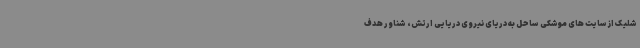
شلیک از سایت های موشکی ساحل به دریای نیروی دریایی ارتش، شناور هدف